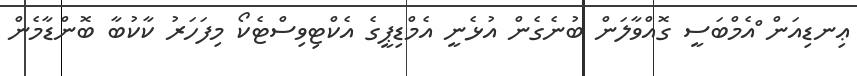
ޢިނޑިއަން ްއެމްބަސީ ގޮއްވާލަން ބުނެގެން އުޅެނީ އެމްޑިޕީގެ އެކްޓިވިސްޓެކޯ މިފަހަރު ކާކުބާ ބޮންޑާމެން